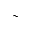
\sim